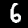
Label: 6